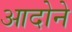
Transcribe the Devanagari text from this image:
आदोने